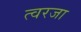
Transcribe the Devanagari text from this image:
त्वरजा